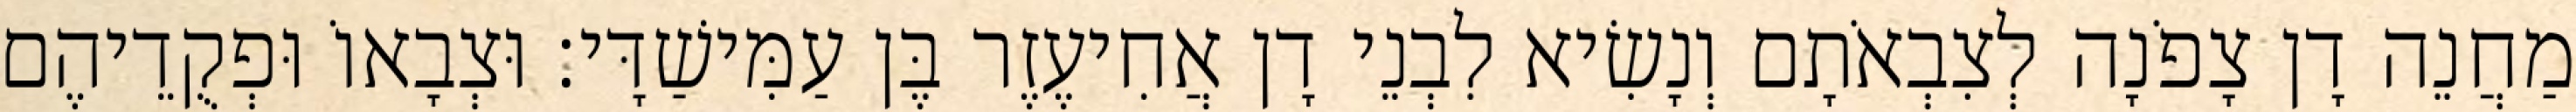
מַחֲנֵה דָן צָפֹנָה לְצִבְאֹתָם וְנָשִׂיא לִבְנֵי דָן אֲחִיעֶזֶר בֶּן עַמִּישַׁדָּי׃ וּצְבָאוֹ וּפְקֻדֵיהֶם